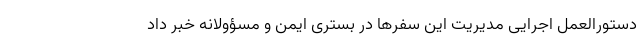
دستورالعمل اجرایی مدیریت این سفرها در بستری ایمن و مسؤولانه خبر داد